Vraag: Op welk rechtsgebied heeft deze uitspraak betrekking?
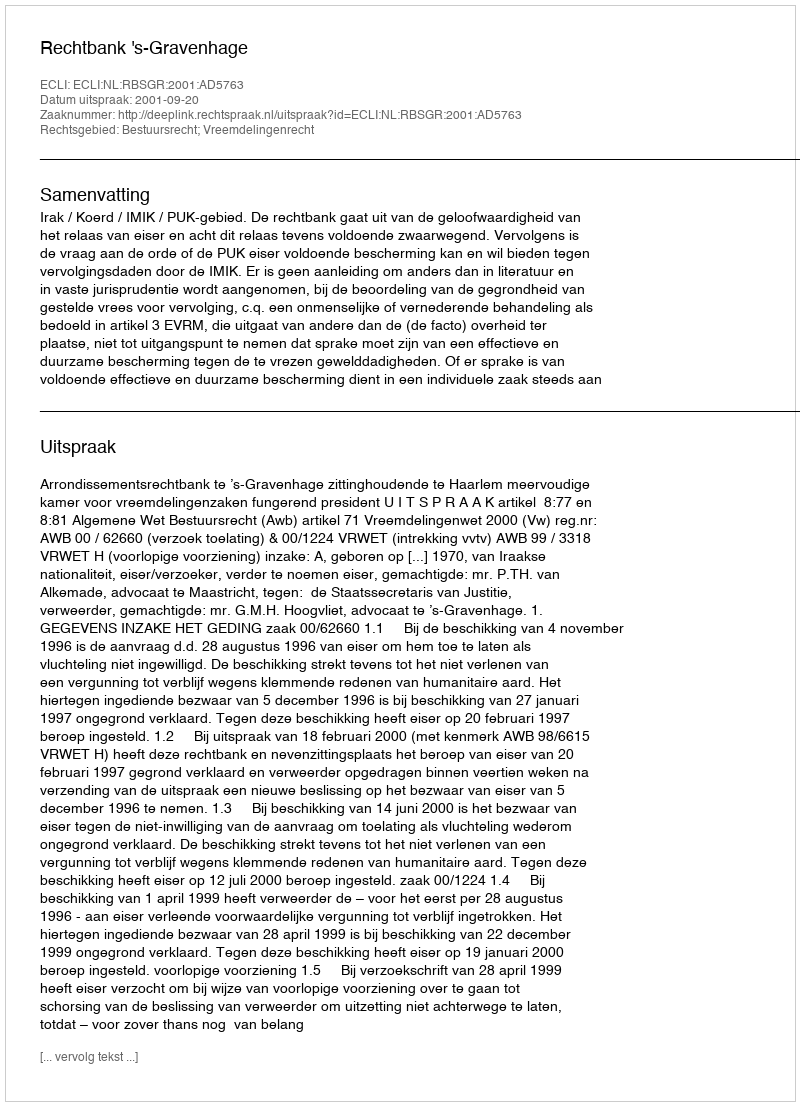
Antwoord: Bestuursrecht; Vreemdelingenrecht